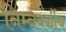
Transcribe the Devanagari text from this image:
निम्‍नवर्गीय